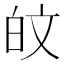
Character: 𪽼